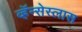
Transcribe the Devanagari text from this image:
व्हॅन्सेस्लास